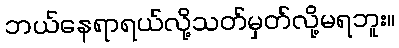
ဘယ်နေရာရယ်လို့သတ်မှတ်လို့မရဘူး။